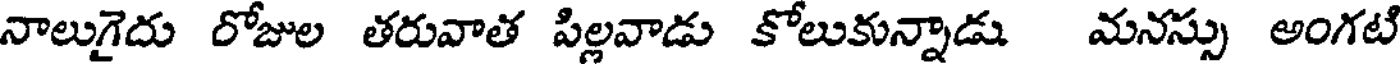
నాలుగైదు రోజుల తరువాత పిల్లవాడు కోలుకున్నాడు మనస్సు అంగటి